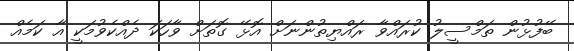
ބޭފުޅުން ތަމްސީލު ކުރައްވާ ރައްޔިތުންނަށް އޮޅޭ ގޮތަށް ވާހަކަ ދެއްކެވުމަކީ އާ ކަމެެއްް